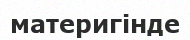
материгінде